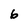
Character: 6